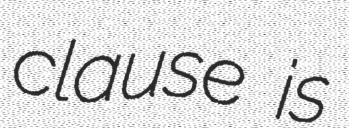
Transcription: clause is